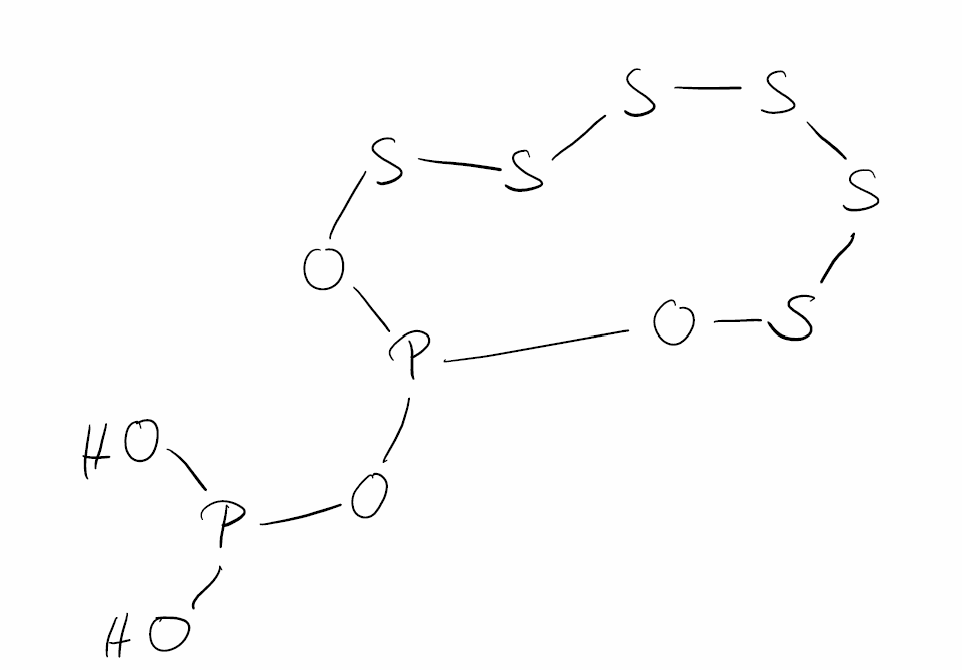
Simplified molecular-input line-entry system (SMILES) notation of the given molecule:
OP(O)OP1OSSSSSSO1